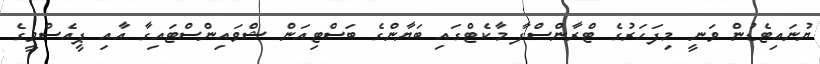
ޔުނައިޓެޑުން ވަނީ މިފަހަރުގެ ޓްރާންސްފާ މާކެޓްގައި ބަޔާންގެ ބަސްޓިއަން ޝްވައިންސްޓައިގާ އާއި ޕީއެސްވީގެ